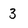
Character: 3